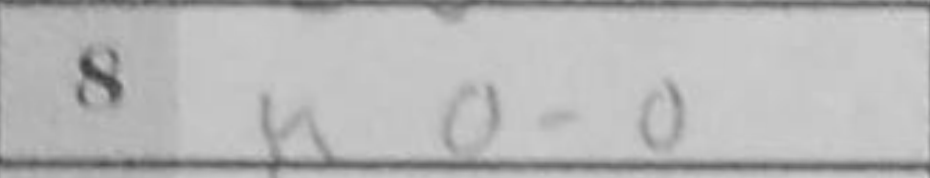
Transcription: O-O